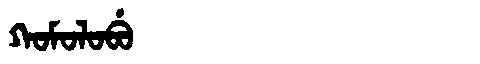
Manchu: ᡴᠣᠮᠣᠯᠣᠪᡠ
Romanization: KOMOLOBU